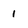
Character: 1